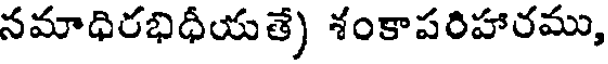
నమాధిరభిధీయతే) శంకాపరిహారము,